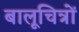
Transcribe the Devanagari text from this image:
बालूचित्रों